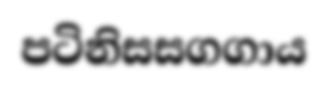
පටිනිසසගගාය